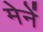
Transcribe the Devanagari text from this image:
मेनें